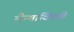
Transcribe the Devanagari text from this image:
सैन्याविषयी